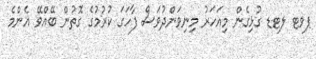
ޕވޓ ލޓޑ ގުޅިގެން މިއަހަރު މިނިވަންދުވަސް ފާހަގަ ކުރުމުގެ ގޮތުން ބޭއްވޭ އެންމެ